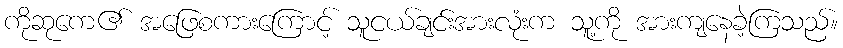
ကိုဆုကေ၏ အဖြေစကားကြောင့် သူငယ်ချင်းအားလုံးက သူ့ကို အားကျနေခဲ့ကြသည်။